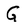
Character: G